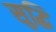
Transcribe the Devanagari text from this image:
सुद्धि